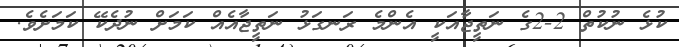
ކުޅެ ނުކުތް 2-2ގެ ނަތީޖާއަކީ އެންމެ ރަނގަޅު ނަތީޖާއެއް ކަމަށް ނުދެކޭ ކަމަށެވެ.